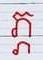
ភ្ភ